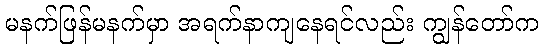
မနက်ဖြန်မနက်မှာ အရက်နာကျနေရင်လည်း ကျွန်တော်က